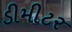
ડીમીટર